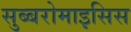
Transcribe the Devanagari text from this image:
सुब्बरोमाइसिस